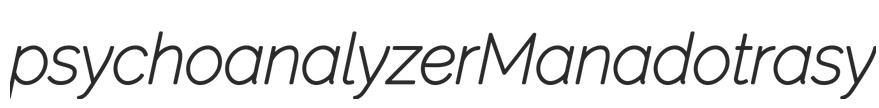
psychoanalyzer Manado trasy